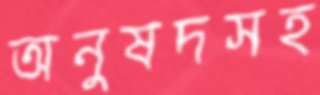
অনুষদসহ